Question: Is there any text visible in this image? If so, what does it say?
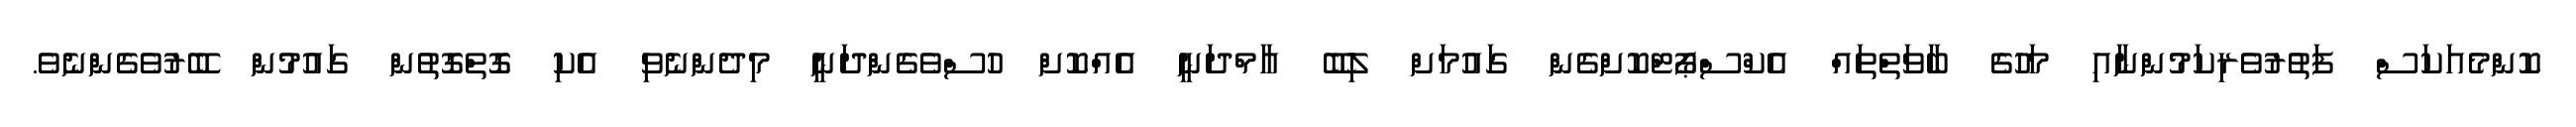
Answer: ކޮންމެއަކަސް ފަތުރުވެރިކަމުންނާއި މަހުގެ ބާވަތްތައް އެކްސްޕޯޓްކޮށްގެން ގައުމަށް ލިބޭ އާމްދަނީ އެއްކޮށް ހުސްވެގެންދަނީ މިދެންނެވި އެކި ގޮތްގޮތުން ގައުމުން ބޭރުވެގެންނެވެ.